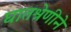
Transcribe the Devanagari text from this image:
घातश्रेणीने